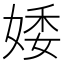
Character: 婑